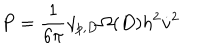
P = \frac { 1 } { 6 \pi } \gamma _ { p , D } \Omega ( D ) h ^ { 2 } \dot { v } ^ { 2 }